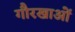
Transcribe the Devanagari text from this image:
गौरखाओं